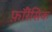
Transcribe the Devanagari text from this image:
फ़ॉरेंसिक